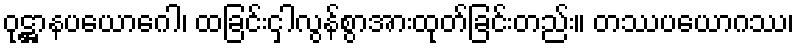
ဝုဋ္ဌာနပယောဂေါ၊ ထခြင်းငှါလွန်စွာအားထုတ်ခြင်းတည်း။ တဿပယောဂဿ၊